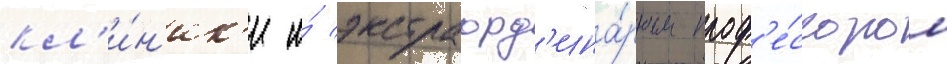
кл'и́н'ик'и и́ экстраорд'ина́рным проф'е́ссором